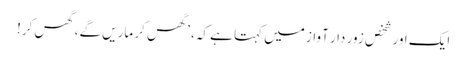
ایک اور شخص زور دار آواز میں کہتا ہے کہ، ’گھس کر ماریں گے، گھس کر!